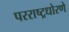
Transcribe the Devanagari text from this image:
परराष्ट्रधोरणे